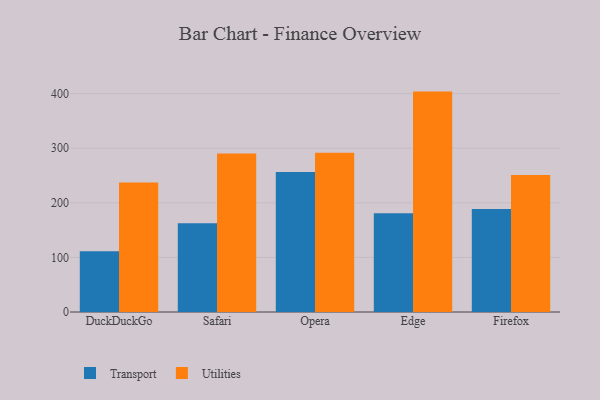
{"axis": {"x": "Browser", "y": "Tickets Resolved"}, "legend": ["Transport", "Utilities"], "data": [{"x": "DuckDuckGo", "y": 111.3, "type": "Transport"}, {"x": "DuckDuckGo", "y": 237.1, "type": "Utilities"}, {"x": "Safari", "y": 162.8, "type": "Transport"}, {"x": "Safari", "y": 290.3, "type": "Utilities"}, {"x": "Opera", "y": 256.6, "type": "Transport"}, {"x": "Opera", "y": 291.6, "type": "Utilities"}, {"x": "Edge", "y": 180.9, "type": "Transport"}, {"x": "Edge", "y": 403.8, "type": "Utilities"}, {"x": "Firefox", "y": 188.7, "type": "Transport"}, {"x": "Firefox", "y": 251.1, "type": "Utilities"}]}